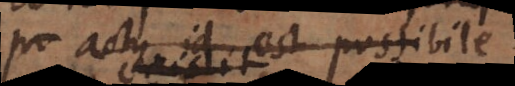
est actu, id est possibile.